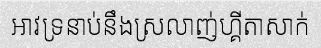
អាវទ្រនាប់នឹងស្រលាញ់ហ្គីតាសាក់